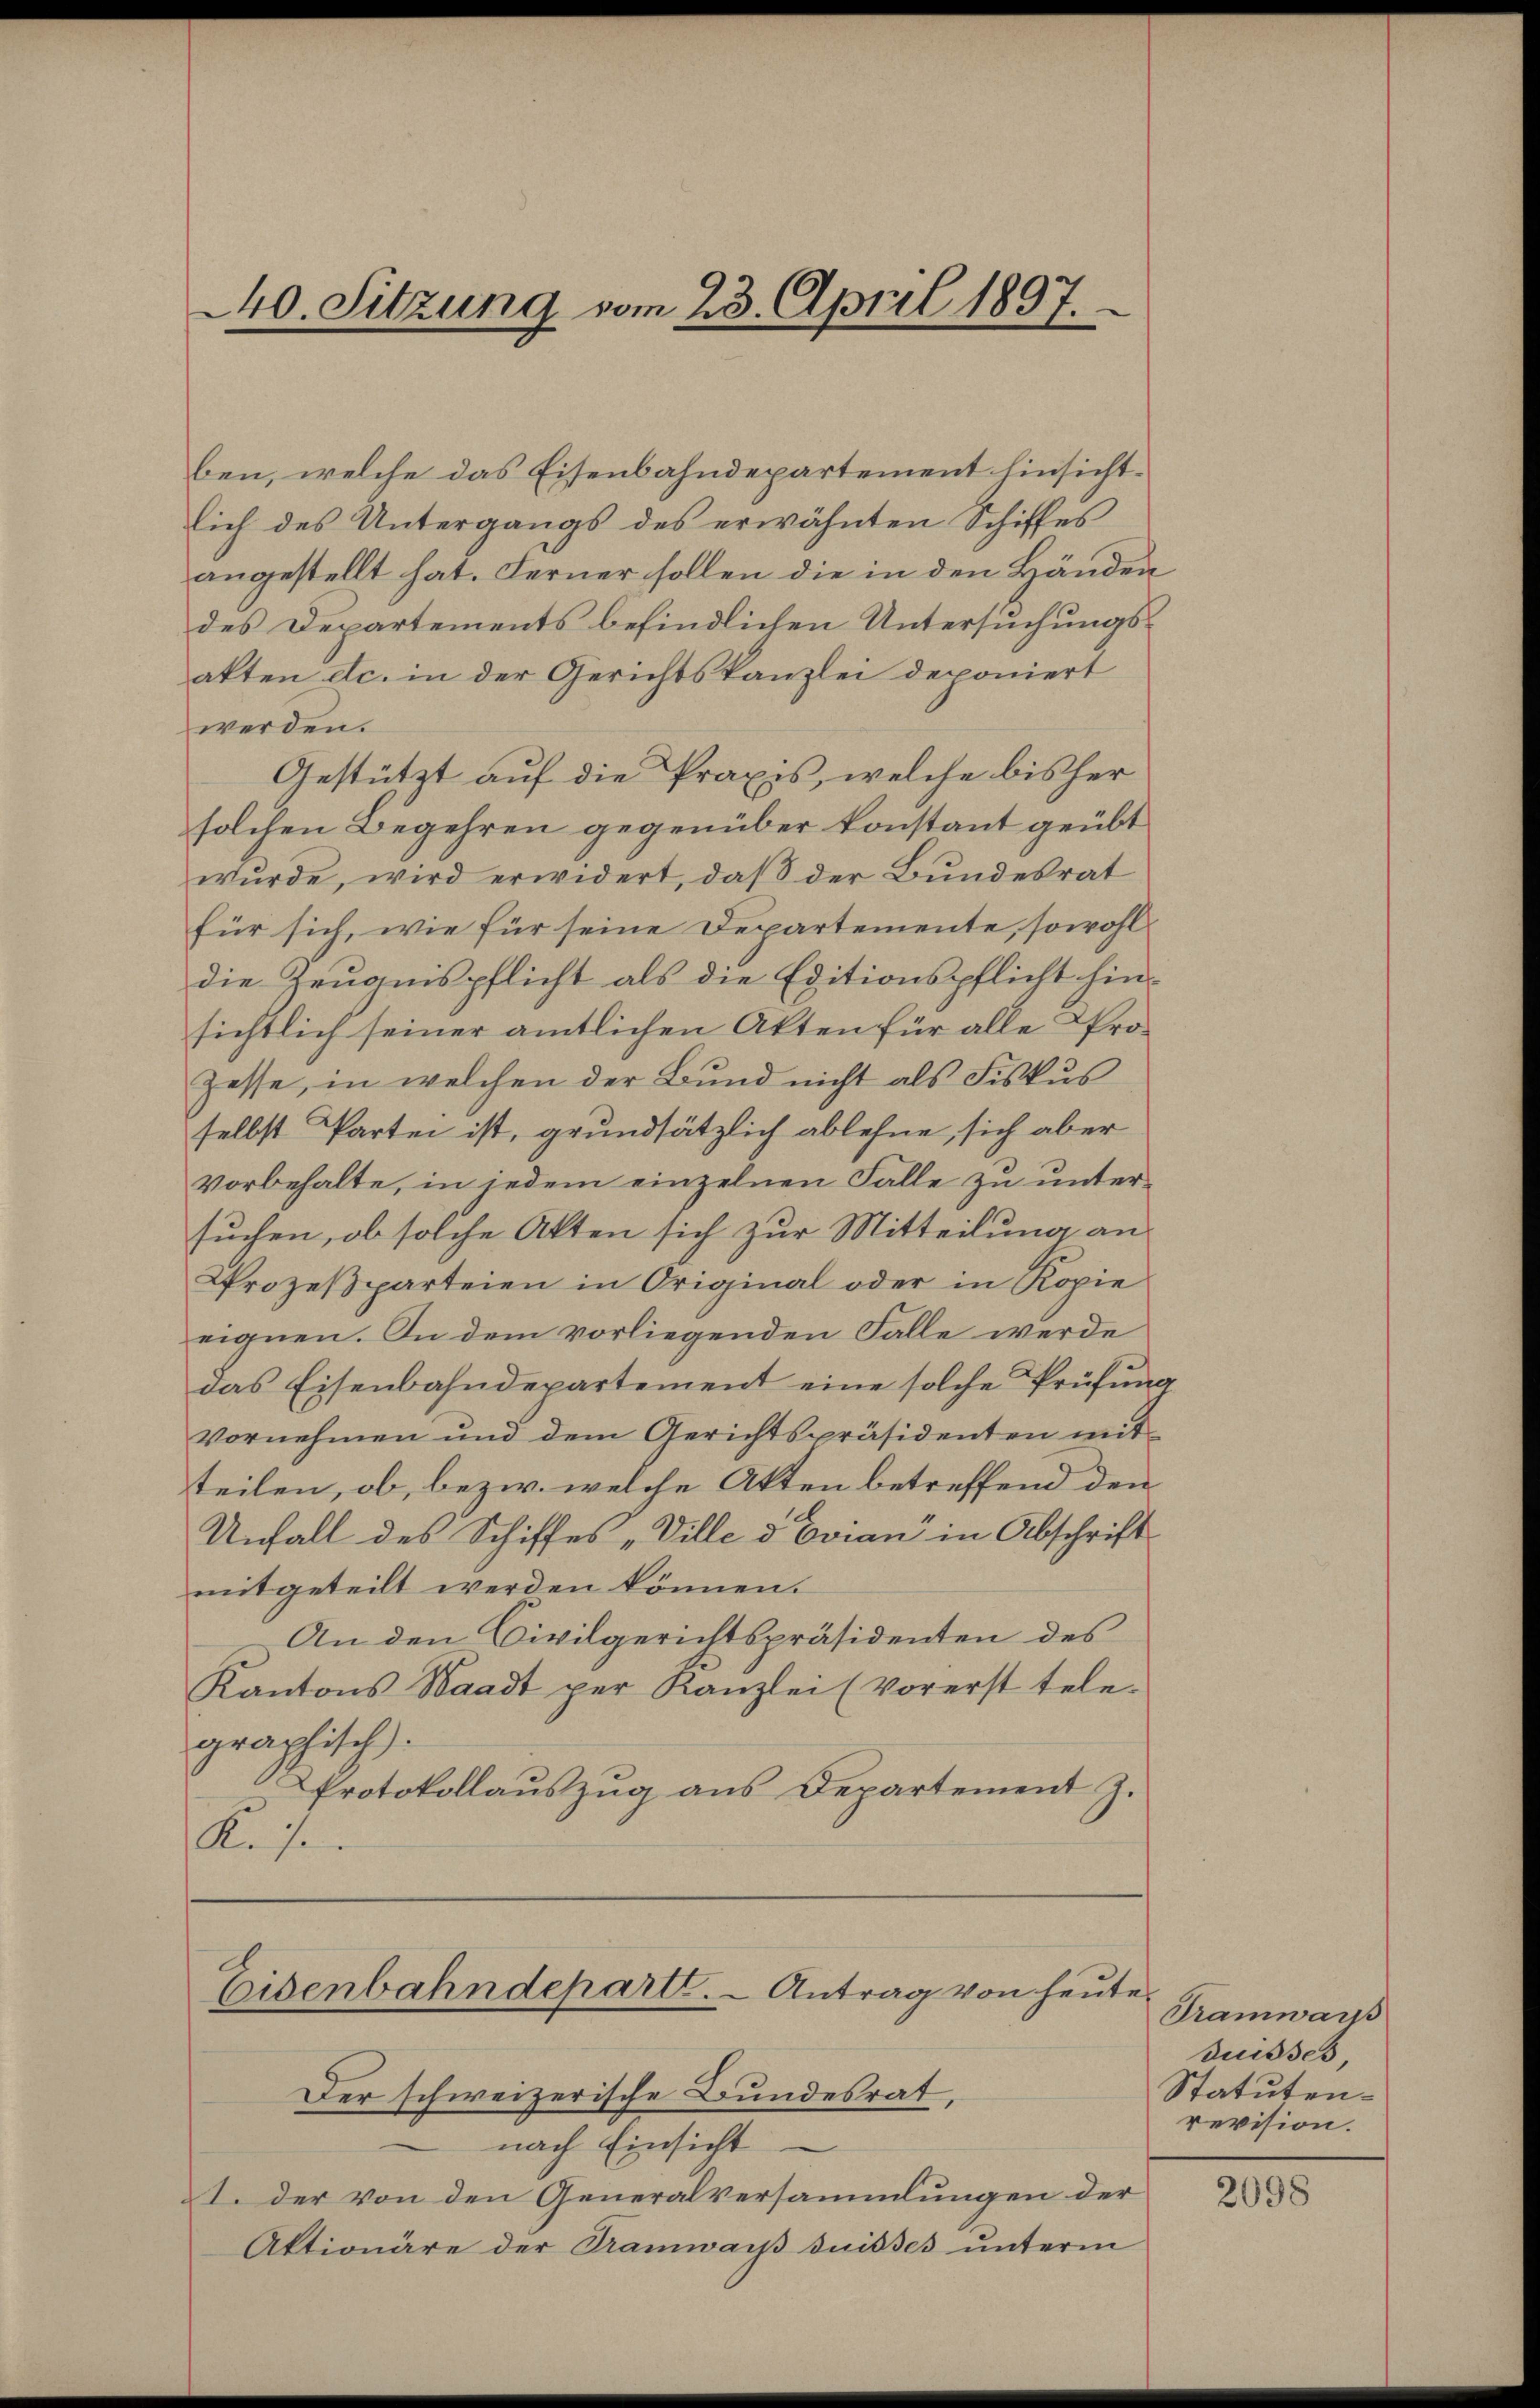
40. Sitzung vom 23. April 1897.

ben, welche das Eisenbahndepartement hinsichtlich des Untergangs des erwähnten Schiffes
angestellt hat. Ferner sollen die in den Händen
des Departements befindlichen Untersuchungsakten etc. in der Gerichtskanzlei deponiert
werden.
Gestützt auf die Praxis, welche bisher
solchen Begehren gegenüber konstant geübt
wŭrde, wird erwidert, daβ der Bŭndesrat
für sich, wie für seine Departemente, sowohl
die Zeugnispflicht als die Editionspflicht hinsichtlich seiner amtlichen Akten für alle Pro¬
Zesse, in welchen der Bund nicht als Fiskus
selbst Partei ist, grundsätzlich ablehne, sich aber
vorbehalte, in jedem einzelnen Falle zu untersuchen, ob solche Akten sich zur Mitteilung an
Prozesparteien in Original oder in Kopie
eignen. In dem vorliegenden Falle werde
das Eisenbahndepartement eine solche Prüfung
vornehmen und dem Gerichtspräsidenten mit
teilen, ob, bezw. welche Akten betreffend den
Unfall des Schiffes „Ville d Evian in Abschrift
mitgeteilt werden können.
An den Civilgerichtspräsidenten des
Kantons Waadt per Kanzlei (vorerst tele-
graphisch
Protokollauszug aus Departement J.
R. se

Eisenbahndeparte. - Antrag von heute.
Der schweizerische Bundesrat,

nach Einsicht
I. der von den Generalversammlungen der
Aktionäre der Tramwars suisses ŭnterm

Tramwars
Suisses,
Statutenrevision.

2098